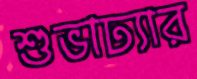
শুভাঢ্যার